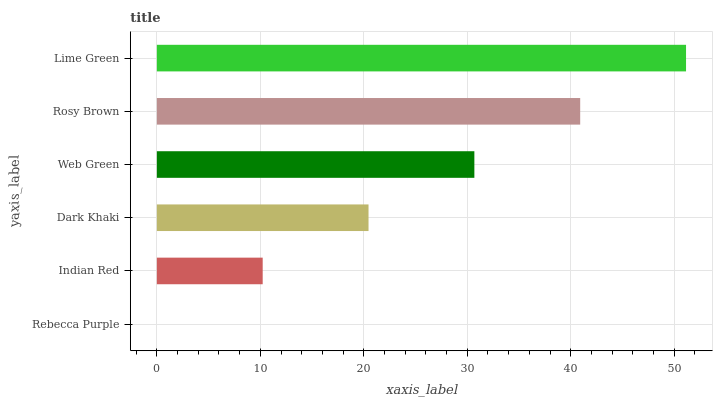
| yaxis_label | bars |
 | --- | --- |
 | Rebecca Purple | 0 |
 | Indian Red | 10.2 |
 | Dark Khaki | 20.5 |
 | Web Green | 30.7 |
 | Rosy Brown | 40.9 |
 | Lime Green | 51.1 |